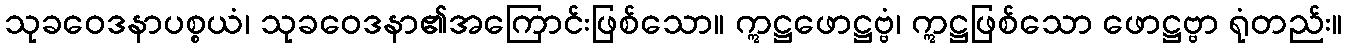
သုခဝေဒနာပစ္စယံ၊ သုခဝေဒနာ၏အကြောင်းဖြစ်သော။ ဣဋ္ဌဖောဋ္ဌဗ္ဗံ၊ ဣဋ္ဌဖြစ်သော ဖောဋ္ဌဗ္ဗာ ရုံတည်း။